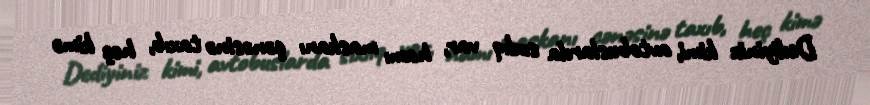
Dediyiniz kimi, avtobuslarda sıxlıq var, hamı maskanı çənəsinə taxıb, heç kimə